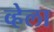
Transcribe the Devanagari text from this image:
व्हेला